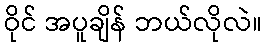
ဝိုင် အပူချိန် ဘယ်လိုလဲ။